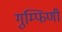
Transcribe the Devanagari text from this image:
गुम्फिणी